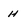
Character: H